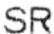
SR